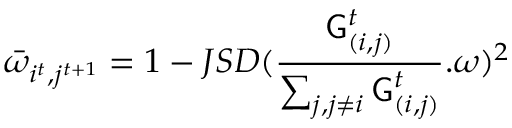
\bar { \omega } _ { i ^ { t } , j ^ { t + 1 } } = 1 - J S D ( \frac { \mathsf { G } _ { ( i , j ) } ^ { t } } { \sum _ { j , j \neq i } \mathsf { G } _ { ( i , j ) } ^ { t } } . \omega ) ^ { 2 }